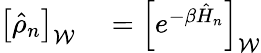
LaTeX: \begin{array}{rl}{\left[\hat{\rho}_{n}\right]_{\mathcal{W}}}&{{}=\left[e^{-\beta\hat{H}_{n}}\right]_{\mathcal{W}}}\end{array}